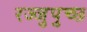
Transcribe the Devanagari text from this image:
रज्जुपुच्छ